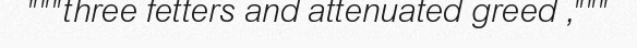
"""three fetters and attenuated greed ,"""